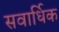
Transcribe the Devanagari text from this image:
सवार्धिक